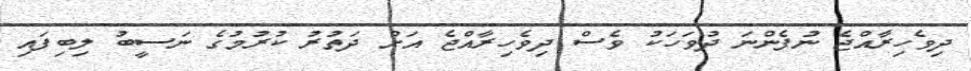
ދިވެހިރާއްޖެ ނުފެންނަ ދުވަހަކު ވެސް ދިވެހިރާއްޖެ އަށް ދަތުރު ކުރުމުގެ ނަސީބު ލިބިފައި